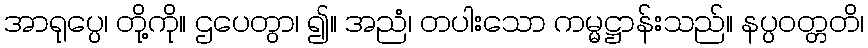
အာရုပ္ပေ၊ တို့ကို။ ဌပေတွာ၊ ၍။ အညံ၊ တပါးသော ကမ္မဋ္ဌာန်းသည်။ နပ္ပဝတ္တတိ၊